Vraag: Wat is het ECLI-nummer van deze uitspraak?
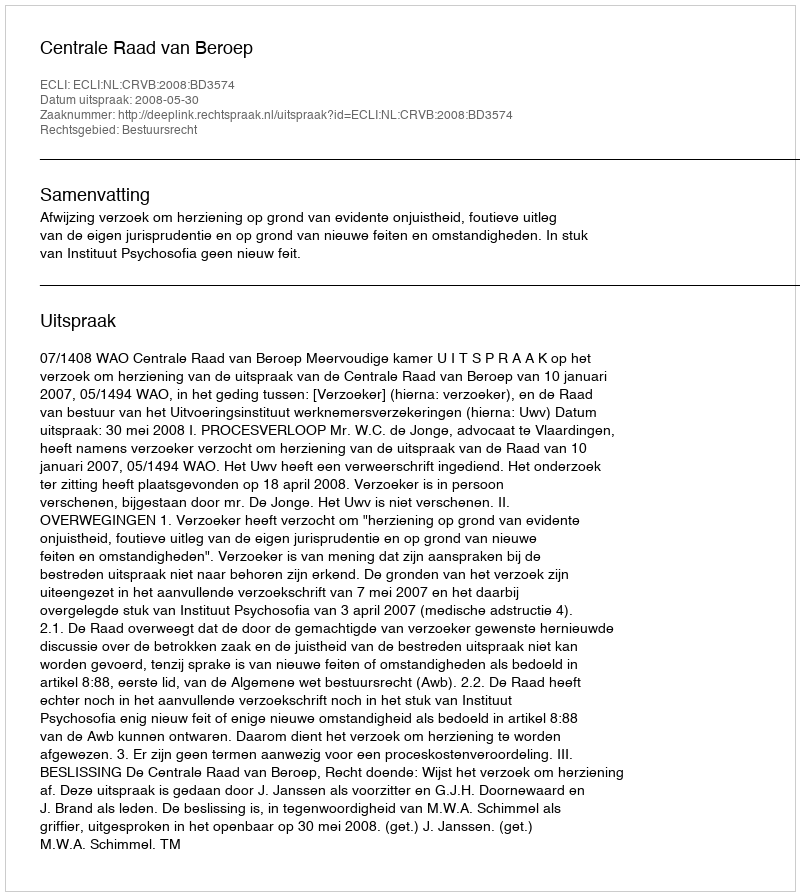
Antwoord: ECLI:NL:CRVB:2008:BD3574